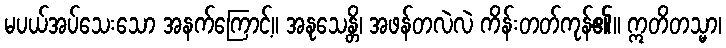
မပယ်အပ်သေးသော အနက်ကြောင့်။ အနုသေန္တိ၊ အဖန်တလဲလဲ ကိန်းတတ်ကုန်၏။ ဣတိတသ္မာ၊